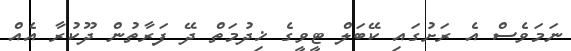
ނަމަވެސް އެ ރަށުގައި ކޭބަލް ޓީވީގެ ޚިދުމަތް ދޭ ފަރާތުން ދޫކުރާ އެއް